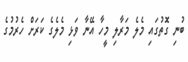
ބުނި ގޮތުގައި މެލެ މަރާލި މީހާ އޭނާ ވަޅި މެލެގެ ކަރަށް ހެރުމުގެ